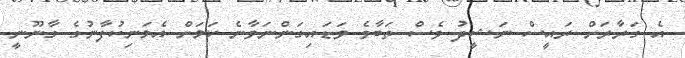
އެ ގަރާރަށް ރައީސް ނަޝީދު ވެސް ތަބާވެ ވަޑައިގަންނަވާނެ ކަމަށް އެމަނިކުފާނުގެ ގާނޫނީ